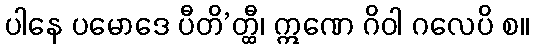
ပါနေ ပမောဒေ ပီတိ’တ္ထီ၊ ဣဏေ ဂိဝါ ဂလေပိ စ။